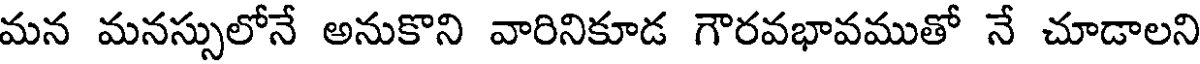
మన మనస్సులోనే అనుకొని వారినికూడ గౌరవభావముతో నే చూడాలని